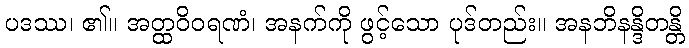
ပဒဿ၊ ၏။ အတ္ထဝိဝရဏံ၊ အနက်ကို ဖွင့်သော ပုဒ်တည်း။ အနဘိနန္ဒိတန္တိ